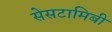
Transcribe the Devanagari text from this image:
सेसटामिबी